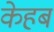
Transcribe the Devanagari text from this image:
केहब